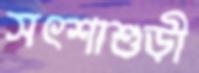
সৎশাশুড়ী